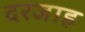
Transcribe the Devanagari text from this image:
दरजाह